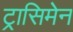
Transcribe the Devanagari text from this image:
ट्रासिमेन